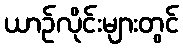
ယာဉ်လိုင်းများတွင်